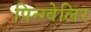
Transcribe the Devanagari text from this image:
पिन्ग्वेलिर